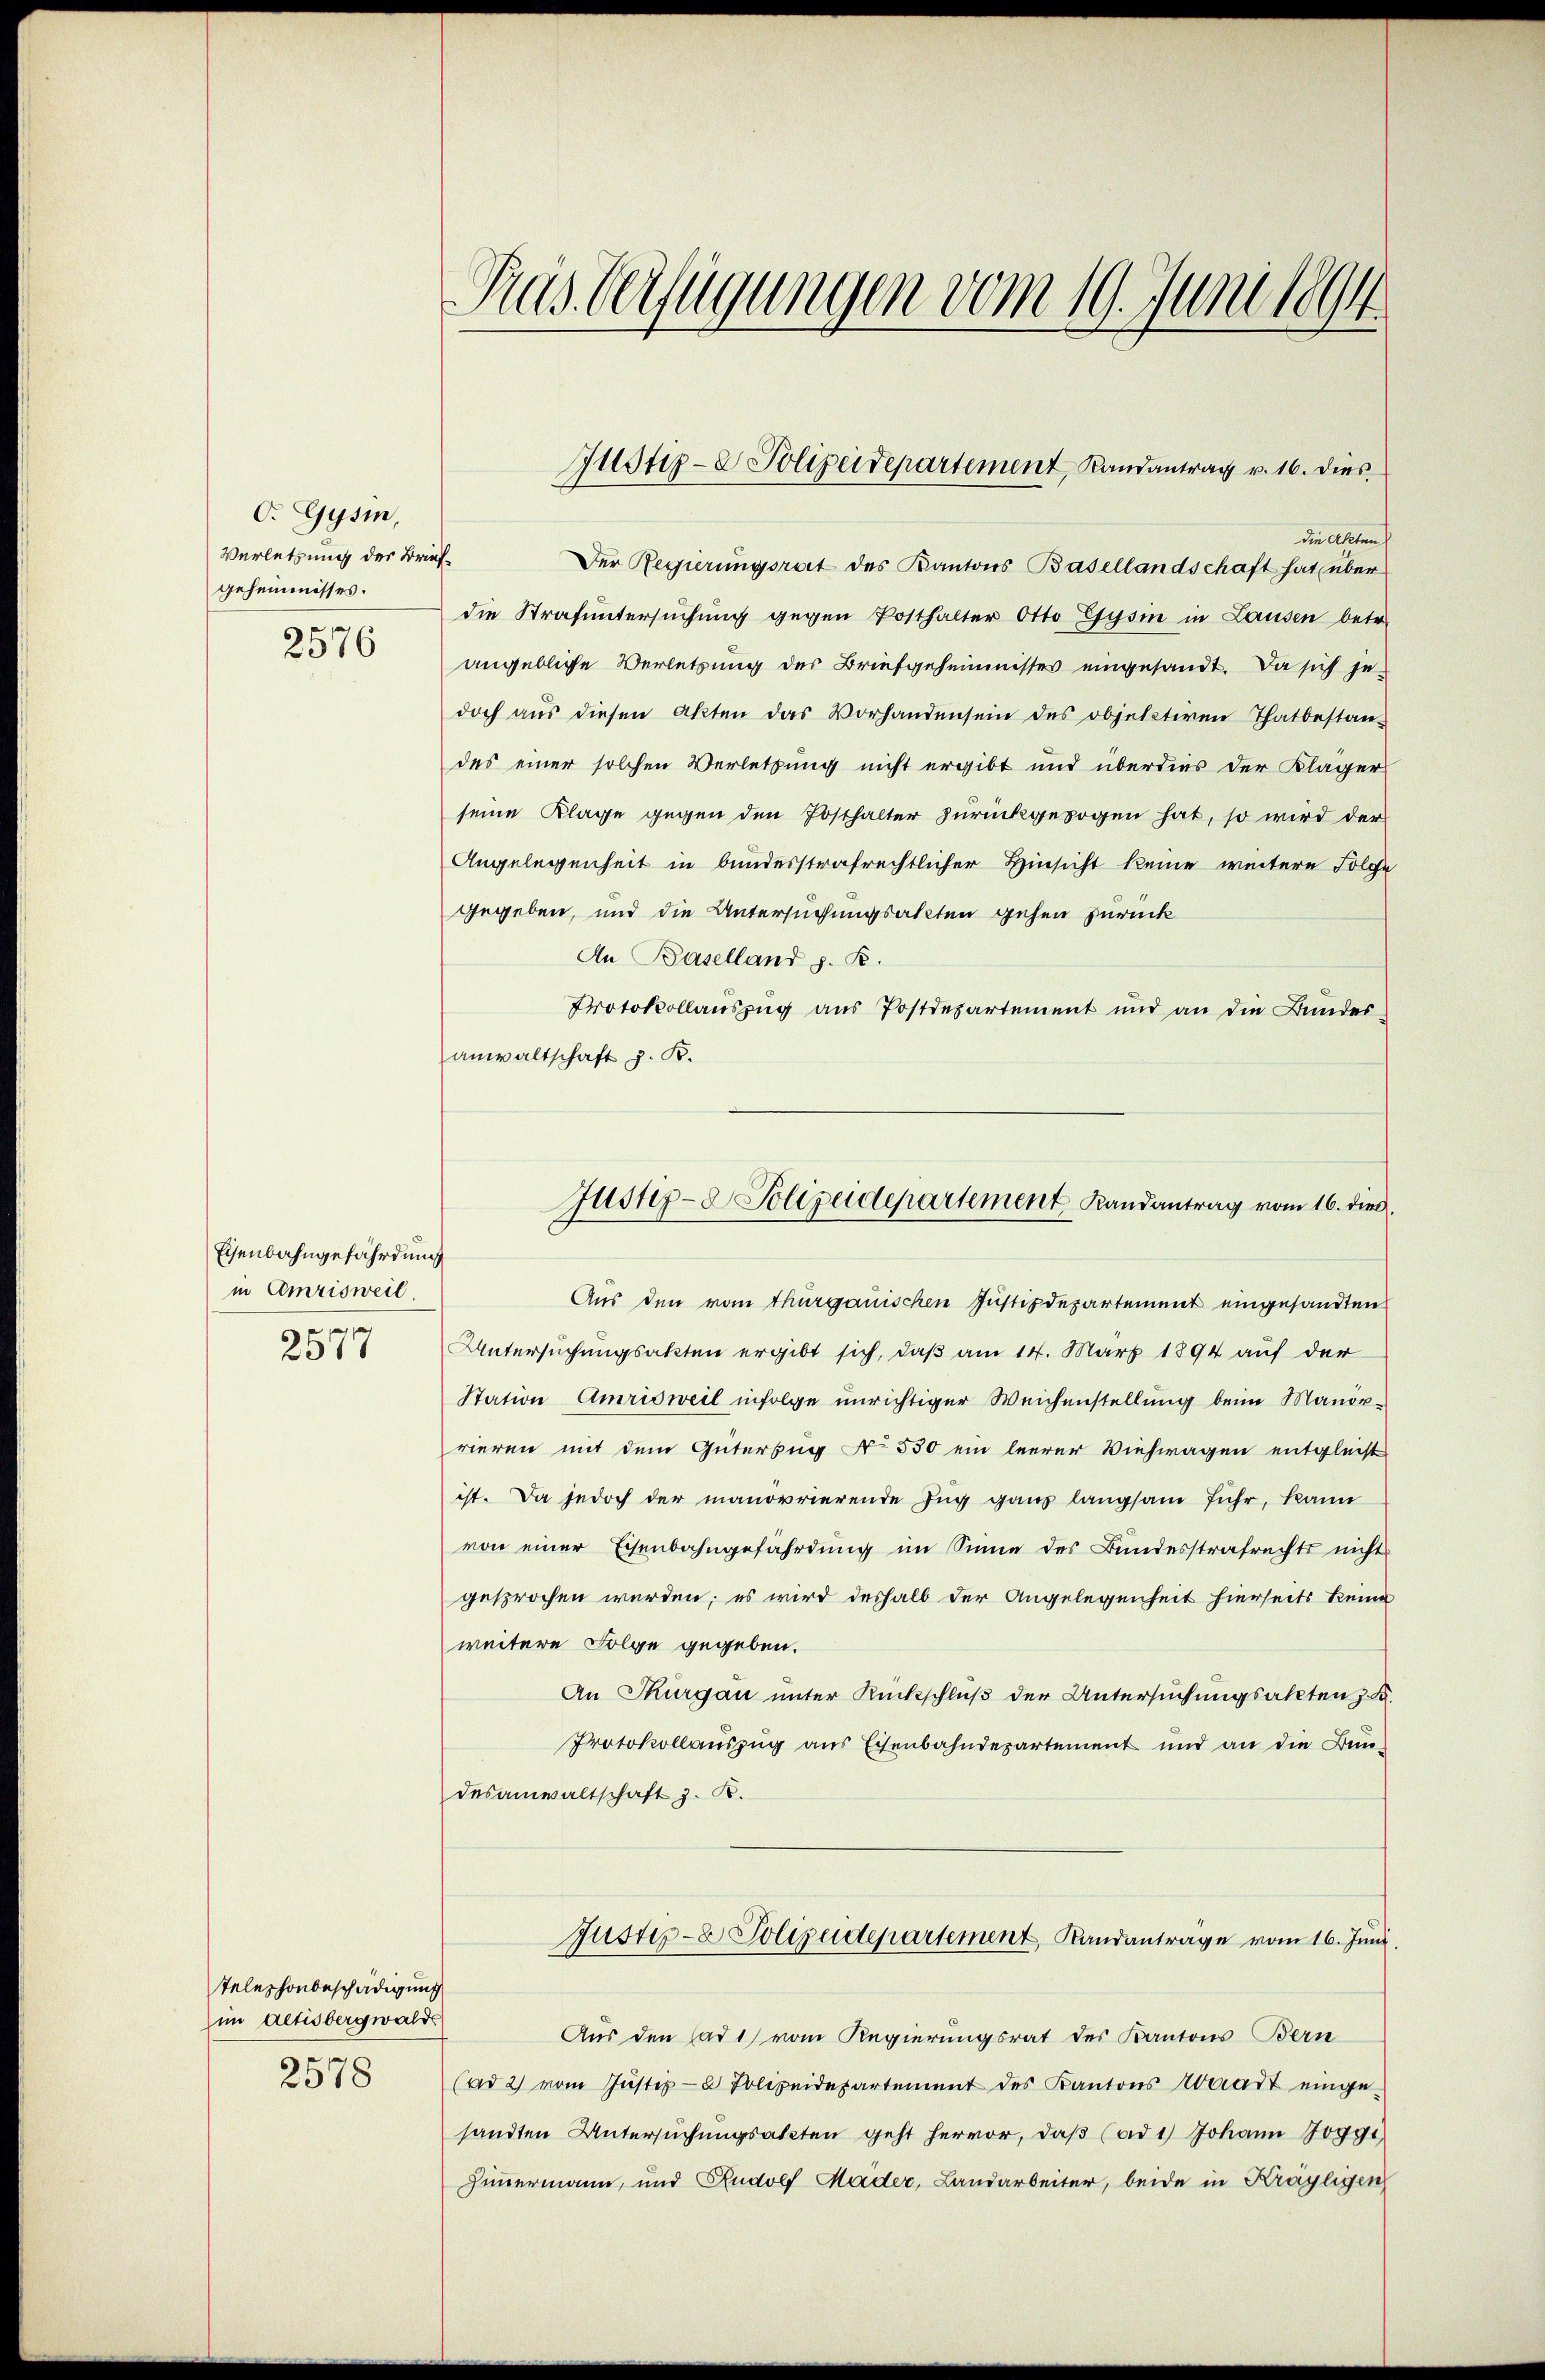
O. Gysin,
Verletzung des Brief.
geheimnisses.
2576

Eisenbahngefährdung
in Cemrisweil
2577

Telephonbeschädigung
im Actisbergwalde
2578

Das Verfügungen vom 19. Juni 1894.

die Akten
Der Regierungsrat des Kantons Basellandschaft hat über
die Strafuntersuchung gegen Posthalter Otto Gysin in Lausen betr.
angebliche Verletzung des Briefgeheimnisses eingesandt. Da sich jedoch aus diesen Akten das Vorhandensein des objetzteren Thatbestandes einer solchen Verletzung nicht ergibt und überdies der Kläger
seine Klage gegen den Posthalter zurückgezogen hat, so wird der
Angelegenheit in bundesstrafrechtlicher Hinsicht keine weitere Folche
gegeben, und die Untersuchungsakten gehen zurück
An Baselland z. B.
Protokollauszug aus Postdepartement und an die Bundes
anwaltschaft z. K.

Justiz- & Polizeidepartement, Randantrag v. 16. dies

Justiz- & Polizeidepartement Randantrag vom 16. d.

Aus den vom Thurgauischen Justizdepartement eingesandten
Untersuchungsakten ergibt sich, daß am 14. März 1894 auf der
Station Amrisweil infolge unrichtiger Weichenstellung beim Manorrieren mit dem Güterbug No 550 ein leerer Viehwagen entgleicht
ist. Da jedoch der manorrierende Zug ganz langsam fuhr, kann
von einer Eisenbahngefährdung im Sinne des Bundesstrafrechts nicht
gesprochen werden; es wird deshalb der Angelegenheit hierseits keine
weitere Folge gegeben.
An Thurgau unter Rückschluß der Untersuchungsakten z. B.
Protokollauszug aus Eisenbahndepartement und an die Bundesanwaltschaft z. B.
Justiz- & Polizeidepartement, Randantrage vom 16. Juni
Aus den Had1) vom Regierungsrat des Kantons Bern
(ad 2) vom Justiz- & Polizeidepartement des Kantons Waadt eingesandten Untersŭchŭngsakten geht hervor, daβ (ad 1) Johann 20991
Zimmermann, und Rudolf Mader, Landarbeiter, beide in Kräyligen